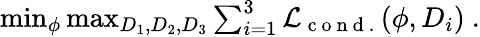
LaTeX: \begin{array}{r}{\operatorname*{min}_{\phi}\operatorname*{max}_{D_{1},D_{2},D_{3}}\sum_{i=1}^{3}\mathcal{L}_{\mathrm{~c~o~n~d~.~}}(\phi,D_{i})~.}\end{array}